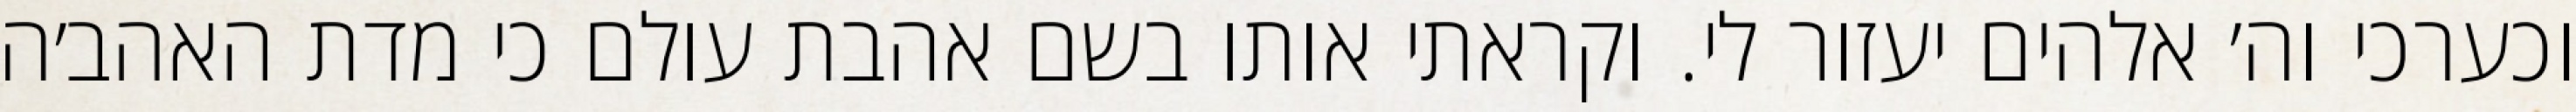
וכערכי וה׳ אלהים יעזור לי. וקראתי אותו בשם אהבת עולם כי מדת האהב׳ה